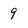
Character: 9